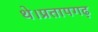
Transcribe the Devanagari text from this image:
थे।प्रतापगढ़